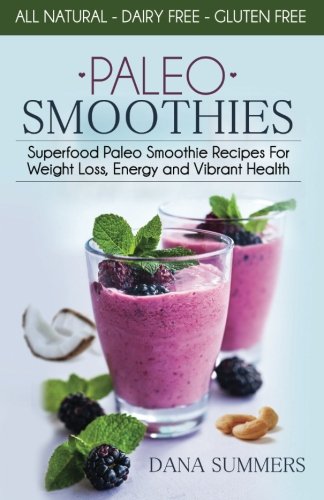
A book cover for Paleo Smoothies: Superfood Paleo Smoothie Recipes For Weight Loss, Energy and Vibrant Health; Dana Summers; Cookbooks, Food & Wine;